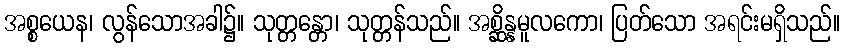
အစ္စယေန၊ လွန်သောအခါ၌။ သုတ္တန္တော၊ သုတ္တန်သည်။ အစ္ဆိန္နမူလကော၊ ပြတ်သော အရင်းမရှိသည်။